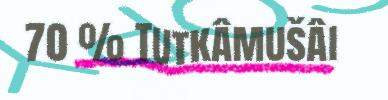
70 % Tutkâmušâi